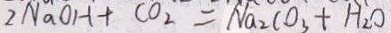
2 N a O H + C O _ { 2 } = N a _ { 2 } C O _ { 3 } + H _ { 2 } O